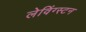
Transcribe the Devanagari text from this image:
लेविंग्स्टन